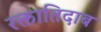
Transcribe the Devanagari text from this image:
रक्तातिदाब